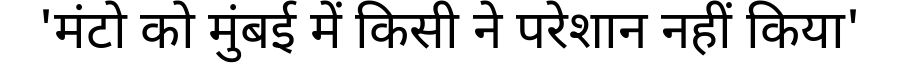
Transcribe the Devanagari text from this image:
'मंटो को मुंबई में किसी ने परेशान नहीं किया'